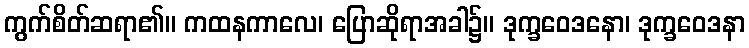
ကွက်စိတ်ဆရာ၏။ ကထနကာလေ၊ ပြောဆိုရာအခါ၌။ ဒုက္ခဝေဒနော၊ ဒုက္ခဝေဒနာ